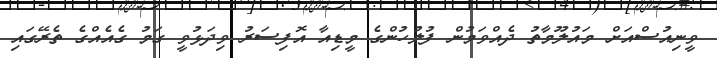
ވީނިއުސްއަށް މައުލޫމާތު ދެއްވަމުން ފުލުހުންގެ މީޑިއާ އޮފިސަރު ވިދަޅުވީ ގަމު ގެއެއްގެ ތެރޭގައި